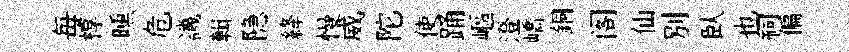
毎椁曛危譏輯隐絳慢威陀使踊嶇澄嶠銅阁仙别臥也祠偏